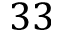
3 3